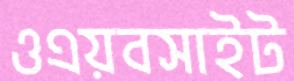
ওএয়বসাইট